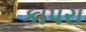
કાપરા